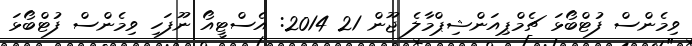
ވިމެންސް ފުޓްބޯޅަ ޗެމްޕިއަންޝިޕްމާލެ ޖޫން 21 2014: އެސްޓީއޯ ނޫފަހި ވިމެންސް ފުޓްބޯޅަ